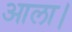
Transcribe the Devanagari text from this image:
आला।